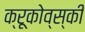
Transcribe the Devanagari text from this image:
क्रूकोव्स्की